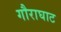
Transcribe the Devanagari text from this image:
गौराघाट